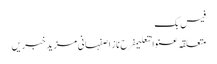
فیس بک
متعلقہ عنوانتعلیمفرح ناز اصفہانی مزید خبریں